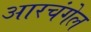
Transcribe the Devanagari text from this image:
आरचंगेल